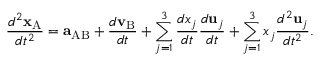
{ \frac { d ^ { 2 } \mathbf { x } _ { \mathrm { A } } } { d t ^ { 2 } } } = \mathbf { a } _ { \mathrm { A B } } + { \frac { d \mathbf { v } _ { \mathrm { B } } } { d t } } + \sum _ { j = 1 } ^ { 3 } { \frac { d x _ { j } } { d t } } { \frac { d \mathbf { u } _ { j } } { d t } } + \sum _ { j = 1 } ^ { 3 } x _ { j } { \frac { d ^ { 2 } \mathbf { u } _ { j } } { d t ^ { 2 } } } .